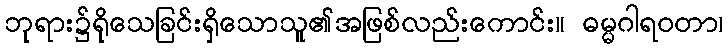
ဘုရား၌ရိုသေခြင်းရှိသောသူ၏အဖြစ်လည်းကောင်း။ ဓမ္မဂါရဝတာ၊